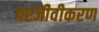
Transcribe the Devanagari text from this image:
परजीवीकरण